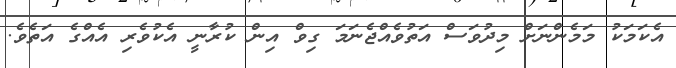
އެކަމަކު މަމެންނަށް މިދުވަސް އަތުވެއްޖެނަމަ ގިވް އިން ކުރާނީ އެކުވެެރި އެއްގެ އަތެވެ.